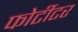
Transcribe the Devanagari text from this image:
फोर्टीटर